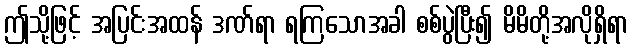
ဤသို့ဖြင့် အပြင်းအထန် ဒဏ်ရာ ရကြသောအခါ စစ်ပွဲပြီး၍ မိမိတို့အလိုရှိရာ